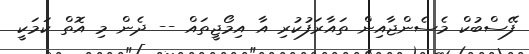
ފޭސްބުކް މެސެންޖާއިން ތައާރަފުކުރި އާ އިމޯޖީތައް -- ދެން މި އޮތް ކަމަކީ